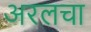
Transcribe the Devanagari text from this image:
अरलचा